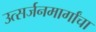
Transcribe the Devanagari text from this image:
उत्सर्जनमार्गांचा